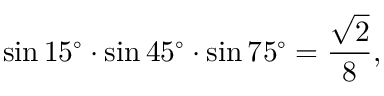
\sin 1 5 ^ { \circ } \cdot \sin 4 5 ^ { \circ } \cdot \sin 7 5 ^ { \circ } = { \frac { \sqrt { 2 } } { 8 } } ,